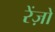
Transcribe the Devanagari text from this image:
रेंज़ो